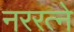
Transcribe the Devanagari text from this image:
नररत्ने